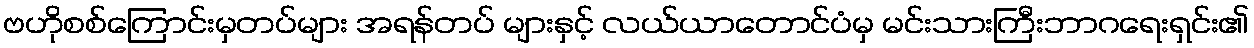
ဗဟိုစစ်ကြောင်းမှတပ်များ အရန်တပ် များနှင့် လယ်ယာတောင်ပံမှ မင်းသားကြီးဘာဂရေးရှင်း၏